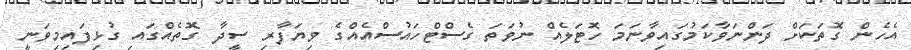
އެހެން ގޮތަކަށް ދަންނަވާކަމުގައިވާނަމަ ހޮޓަލެއް ނުވަތަ ގެސްޓްހައުސްއެއްގެ ވިޔަފާރި ސީދާ ގޮތެއްގައި ގުޅިފައިމިވަނީ